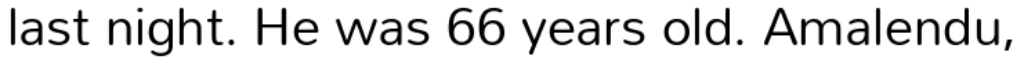
last night. He was 66 years old. Amalendu,